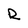
Character: R